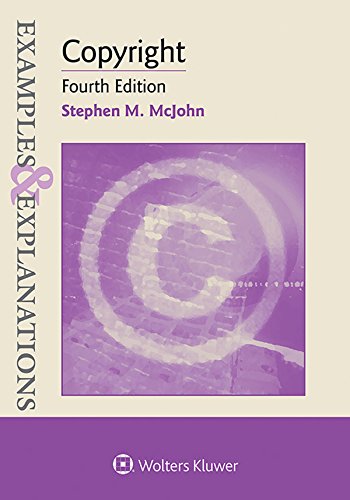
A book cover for Examples & Explanations: Copyright; Stephen M. McJohn; Law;